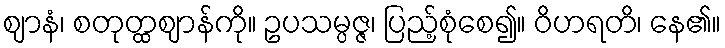
ဈာနံ၊ စတုတ္ထဈာန်ကို။ ဥပသမ္ပဇ္ဇ၊ ပြည့်စုံစေ၍။ ဝိဟရတိ၊ နေ၏။